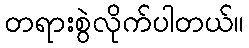
တရားစွဲလိုက်ပါတယ်။